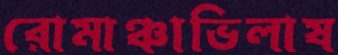
রোমাঞ্চাভিলাষ